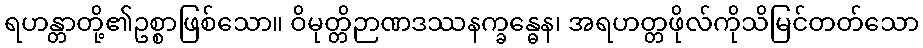
ရဟန္တာတို့၏ဥစ္စာဖြစ်သော။ ဝိမုတ္တိဉာဏဒဿနက္ခန္ဓေန၊ အရဟတ္တဖိုလ်ကိုသိမြင်တတ်သော